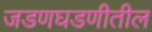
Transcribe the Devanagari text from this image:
जडणघडणीतील